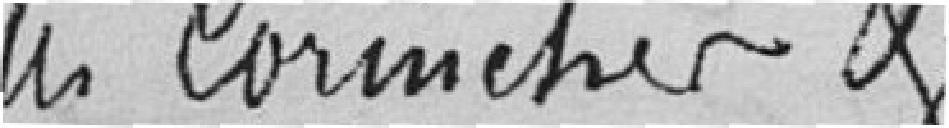
les corniches et